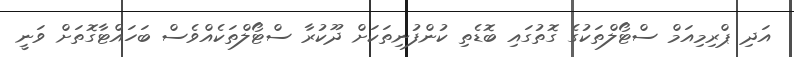
އަދި ޕްރިމިއަމް ސްޓޯލްތަކުގެ ގޮތުގައި ބޮޑެތި ކުންފުނިތަކަށް ދޫކުރާ ސްޓޯލްތަކެއްވެސް ބަހައްޓާގޮތަށް ވަނީ